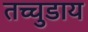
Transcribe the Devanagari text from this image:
तच्चुडाय